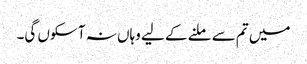
میں تم سے ملنے کے لیے وہاں نہ آ سکوں گی۔